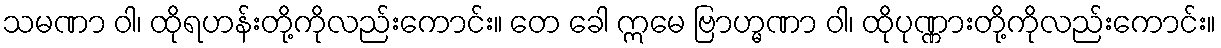
သမဏာ ဝါ၊ ထိုရဟန်းတို့ကိုလည်းကောင်း။ တေ ခေါ ဣမေ ဗြာဟ္မဏာ ဝါ၊ ထိုပုဏ္ဏားတို့ကိုလည်းကောင်း။